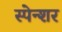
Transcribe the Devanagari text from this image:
स्पेन्शर